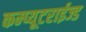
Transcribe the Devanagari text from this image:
कम्प्यूटराईज्ड